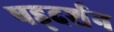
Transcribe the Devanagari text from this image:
षड्‌दर्शन